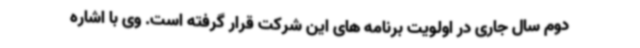
دوم سال جاری در اولویت برنامه های این شرکت قرار گرفته است. وی با اشاره